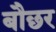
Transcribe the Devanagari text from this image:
बौछर